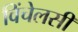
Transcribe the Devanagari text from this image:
विंचेलसी